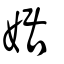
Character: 婮